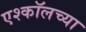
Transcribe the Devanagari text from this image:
एश्कॉलच्या